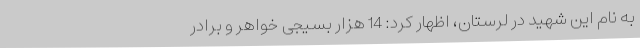
به نام این شهید در لرستان، اظهار کرد: 14 هزار بسیجی خواهر و برادر